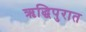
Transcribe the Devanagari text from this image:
ऋद्धिपुरात